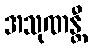
အသုဏန္တီ